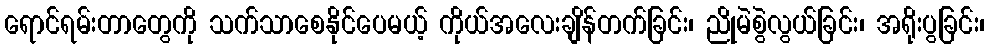
ရောင်ရမ်းတာတွေကို သက်သာစေနိုင်ပေမယ့် ကိုယ်အလေးချိန်တက်ခြင်း၊ ညိုမဲစွဲလွယ်ခြင်း၊ အရိုးပွခြင်း၊